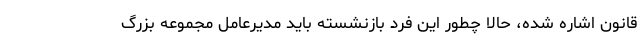
قانون اشاره شده، حالا چطور این فرد بازنشسته باید مدیرعامل مجموعه بزرگ